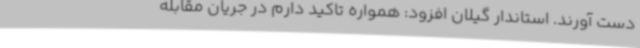
دست آورند. استاندار گیلان افزود: همواره تاکید دارم در جریان مقابله